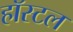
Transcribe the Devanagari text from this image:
हॉस्‍टल